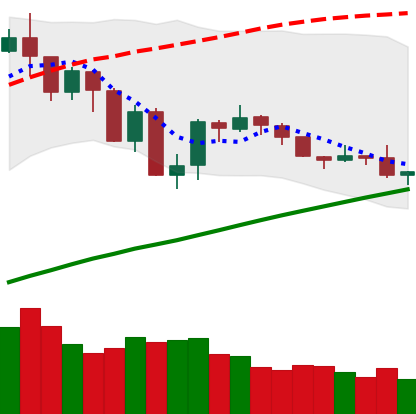
Ticker: BTC-USD
Chart end date: 2019-07-28
Forward return: 10.105%
Label: up_7plus